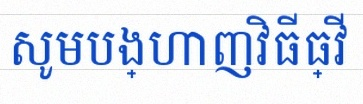
សូមបង្ហាញវិធីធ្វើ